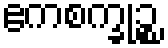
ဧကစက္ခုဉ္စ